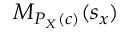
M _ { P _ { X } ( c ) } ( s _ { x } )